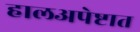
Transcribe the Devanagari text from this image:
हालअपेष्टात